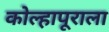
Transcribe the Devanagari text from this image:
कोल्हापूराला